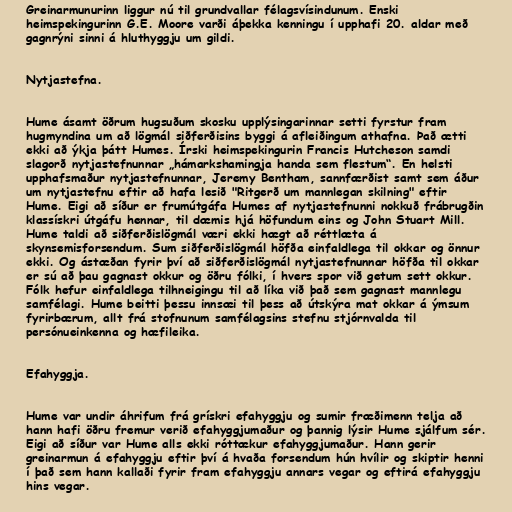
Greinarmunurinn liggur nú til grundvallar félagsvísindunum. Enski
heimspekingurinn G.E. Moore varði áþekka kenningu í upphafi 20. aldar með
gagnrýni sinni á hluthyggju um gildi.

Nytjastefna.

Hume ásamt öðrum hugsuðum skosku upplýsingarinnar setti fyrstur fram
hugmyndina um að lögmál siðferðisins byggi á afleiðingum athafna. Það ætti
ekki að ýkja þátt Humes. Írski heimspekingurin Francis Hutcheson samdi
slagorð nytjastefnunnar „hámarkshamingja handa sem flestum“. En helsti
upphafsmaður nytjastefnunnar, Jeremy Bentham, sannfærðist samt sem áður
um nytjastefnu eftir að hafa lesið "Ritgerð um mannlegan skilning" eftir
Hume. Eigi að síður er frumútgáfa Humes af nytjastefnunni nokkuð frábrugðin
klassískri útgáfu hennar, til dæmis hjá höfundum eins og John Stuart Mill.
Hume taldi að siðferðislögmál væri ekki hægt að réttlæta á
skynsemisforsendum. Sum siðferðislögmál höfða einfaldlega til okkar og önnur
ekki. Og ástæðan fyrir því að siðferðislögmál nytjastefnunnar höfða til okkar
er sú að þau gagnast okkur og öðru fólki, í hvers spor við getum sett okkur.
Fólk hefur einfaldlega tilhneigingu til að líka við það sem gagnast mannlegu
samfélagi. Hume beitti þessu innsæi til þess að útskýra mat okkar á ýmsum
fyrirbærum, allt frá stofnunum samfélagsins stefnu stjórnvalda til
persónueinkenna og hæfileika.

Efahyggja.

Hume var undir áhrifum frá grískri efahyggju og sumir fræðimenn telja að
hann hafi öðru fremur verið efahyggjumaður og þannig lýsir Hume sjálfum sér.
Eigi að síður var Hume alls ekki róttækur efahyggjumaður. Hann gerir
greinarmun á efahyggju eftir því á hvaða forsendum hún hvílir og skiptir henni
í það sem hann kallaði fyrir fram efahyggju annars vegar og eftirá efahyggju
hins vegar.